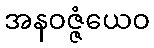
အနဝဇ္ဇံယေဝ